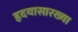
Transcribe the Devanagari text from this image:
हृदयासारख्या